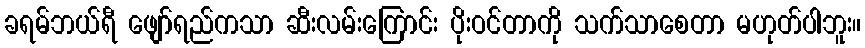
ခရမ်ဘယ်ရီ ဖျော်ရည်ကသာ ဆီးလမ်းကြောင်း ပိုးဝင်တာကို သက်သာစေတာ မဟုတ်ပါဘူး။